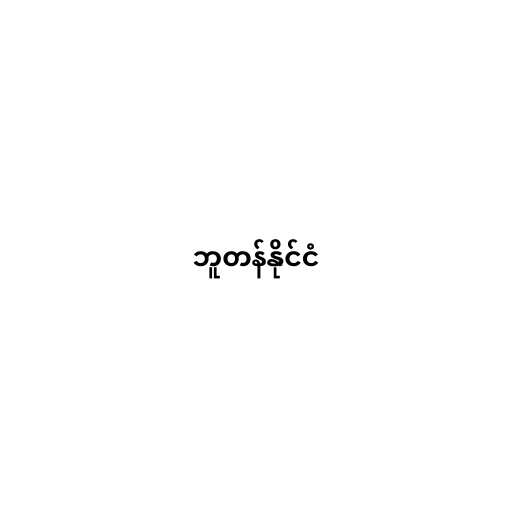
ဘူတန်နိုင်ငံ